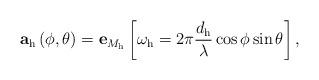
LaTeX: \begin{align*}\mathbf{a}_{\mathrm{h}}\left(\phi,\theta\right) = \mathbf{e}_{M_\mathrm{h}} \left[\omega_{\mathrm{h}} = 2\pi\frac{d_\mathrm{h}}{\lambda}\cos{\phi}\sin{\theta} \right] ,\end{align*}